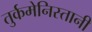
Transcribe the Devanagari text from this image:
तुर्कमेनिस्तानी